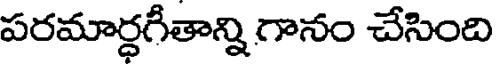
పరమార్ధగీతాన్ని గానం చేసింది